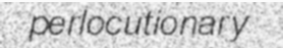
perlocutionary